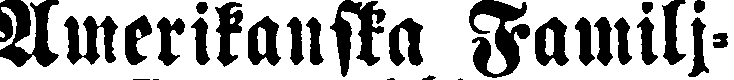
Amerikanska Familj-